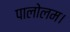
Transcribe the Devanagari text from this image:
पालोलम।